Vaccination in Bombay 1856-1862 - 1856-1862
Year: 1856
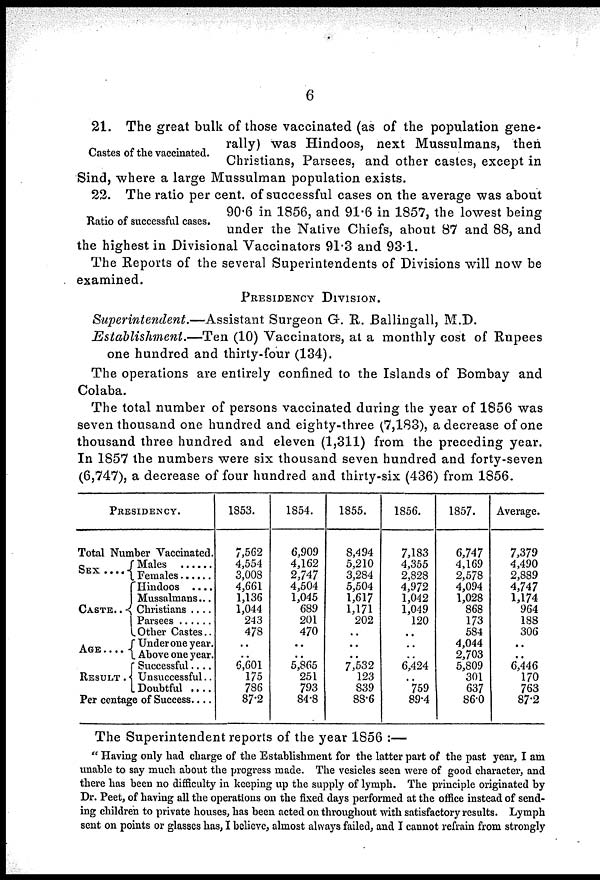
6
Castes of the vaccinated.
21. The great bulk of those vaccinated (as of the population gene-
rally) was Hindoos, next Mussulmans, then
Christians, Parsees, and other castes, except in
Sind, where a large Mussulman population exists.
Ratio of successful cases.
22. The ratio per cent. of successful cases on the average was about
90.6 in 1856, and 91.6 in 1857, the lowest being
under the Native Chiefs, about 87 and 88, and
the highest in Divisional Vaccinators 91.3 and 93.1.
The Reports of the several Superintendents of Divisions will now be
examined.
PRESIDENCY DIVISION.
Superintendent.—Assistant Surgeon G. R. Ballingall, M.D.
Establishment.—Ten (10) Vaccinators, at a monthly cost of Rupees
one hundred and thirty-four (134).
The operations are entirely confined to the Islands of Bombay and
Colaba.
The total number of persons vaccinated during the year of 1856 was
seven thousand one hundred and eighty-three (7,183), a decrease of one
thousand three hundred and eleven (1,311) from the preceding year.
In 1857 the numbers were six thousand seven hundred and forty-seven
(6,747), a decrease of four hundred and thirty-six (436) from 1856.
PRESIDENCY.
Total Number Vaccinated.
SEX ....
CASTE..
AGE ....
RESULT .
Males ......
Females ......
Hindoos ....
Mussalmans...
Christians ....
Parsees ......
Other Castes..
Under one year.
Above one year.
Successful....
Unsuccessful..
Doubtful ....
Per centage of Success....
1853.
7,562
4,554
3,008
4,661
1,136
1,044
243
478
..
..
6,601
175
786
87.2
1854.
6,909
4,162
2,747
4,504
1,045
689
201
470
..
..
5,865
251
793
84.8
1855.
8,494
5,210
3,284
5,504
1,617
1,171
202
..
..
..
7,532
123
839
88.6
1856.
7,183
4,355
2,828
4,972
1,042
1,049
120
..
..
..
6,424
..
759
89.4
1857.
6,747
4,169
2,578
4,094
1,028
868
173
584
4,044
2,703
5,809
301
637
86.0
Average.
7,379
4,490
2,889
4,747
1,174
964
188
306
..
..
6,446
170
763
87.2
The Superintendent reports of the year 1856 :—
" Having only had charge of the Establishment for the latter part of the past year, I am
unable to say much about the progress made. The vesicles seen were of good character, and
there has been no difficulty in keeping up the supply of lymph. The principle originated by
Dr. Peet, of having all the operations on the fixed days performed at the office instead of send-
ing children to private houses, has been acted on throughout with satisfactory results. Lymph
sent on points or glasses has, I believe, almost always failed, and I cannot refrain from strongly